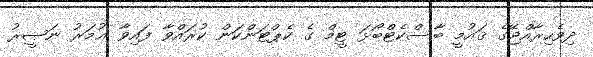
ދިވެހިރާއްޖޭގެ ޤައުމީ ބާސްކެޓްބޯޅަ ޓީމް ގެ ކެޕްޓަންކަން ކުރައްވާ ފައިވާ ޢުމަރު ނަޞީރު